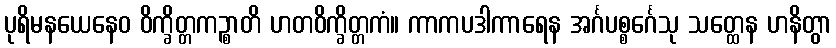
ပုရိမနယေနေဝ ဝိက္ခိတ္တကဉ္စာတိ ဟတဝိက္ခိတ္တကံ။ ကာကပဒါကာရေန အင်္ဂပစ္စင်္ဂေသု သတ္ထေန ဟနိတွာ